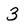
Character: 3